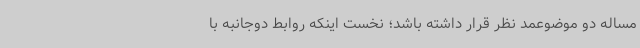
مساله دو موضوعمد نظر قرار داشته باشد؛ نخست اینکه روابط دوجانبه با